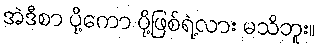
အဲဒီစာ ပို့ကော ပို့ဖြစ်ရဲ့လား မသိဘူး။